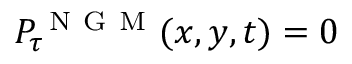
P _ { \tau } ^ { \mathrm { ~ N ~ G ~ M ~ } } ( x , y , t ) = 0